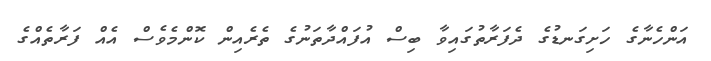
އަންހެނާގެ ހަށިގަނޑުގެ ދެފަރާތުގައިވާ ބިސް އުފައްދާތަނުގެ ތެރެއިން ކޮންމެވެސް އެއް ފަރާތެއްގެ